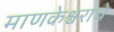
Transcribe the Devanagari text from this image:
माणकेश्वराचे